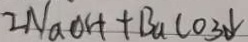
2 N a O H + B a C O _ { 3 } \downarrow